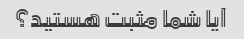
آیا شما مثبت هستید؟